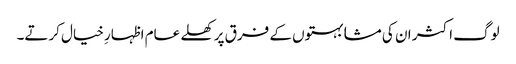
لوگ اکثر ان کی مشابہتوں کے فرق پر کھلے عام اظہارِ خیال کرتے۔